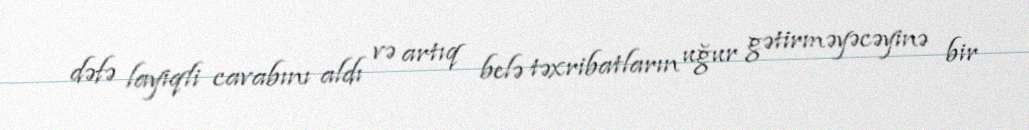
dəfə layiqli cavabını aldı və artıq belə təxribatların uğur gətirməyəcəyinə bir